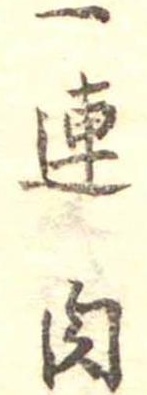
一連肉